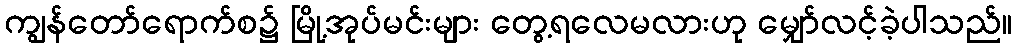
ကျွန်တော်ရောက်စ၌ မြို့အုပ်မင်းများ တွေ့ရလေမလားဟု မျှော်လင့်ခဲ့ပါသည်။